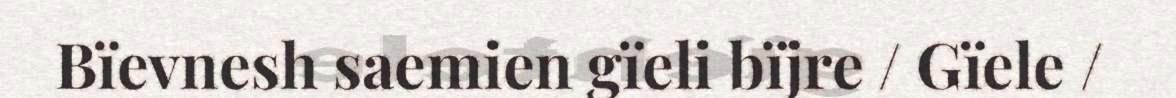
Bïevnesh saemien gïeli bïjre / Gïele /